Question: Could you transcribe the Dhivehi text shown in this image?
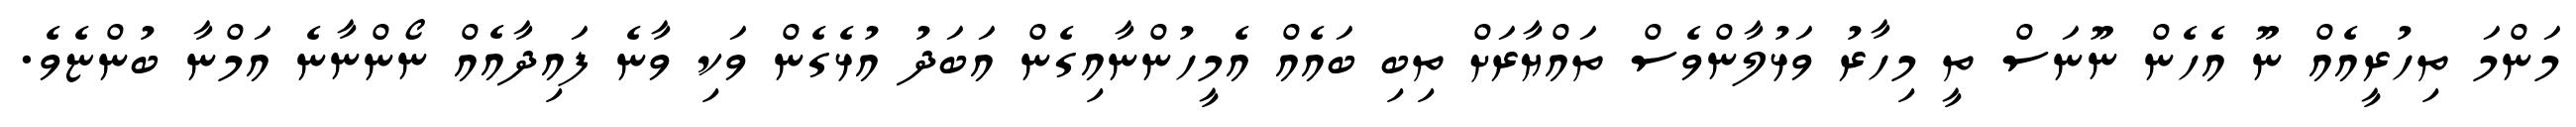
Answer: މަންމަ ތިހުރީއެއް ނޫ އެހެން ނޫނަސް ތީ މިހާރު ވަޅުލާންވެސް ތައްޔާރަށް ތިބި ބައެއް އެމީހުންނާއިގެން އަބަދު އުޅެގެން ވަކި ވާނެ ފައިދާއެއް ނޯންނާނެ އަމްނާ ބުންޏެވެ.